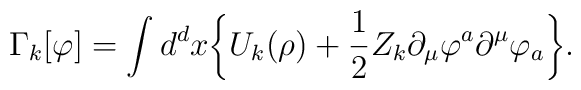
\Gamma_{k}[\varphi]=\int{d}^{d}{x}\bigg\{{U}_{k}(\rho)+\frac{1}{2}Z_k\partial_\mu\varphi^{a}\partial^\mu\varphi_{a}\bigg\}.